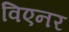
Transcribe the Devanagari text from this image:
विएनर